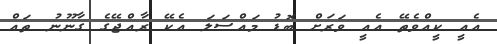
އެއީ ކީއްވެތޭ އެއީ ވަރަށް ބޮޑު މައްސަލަ އެކޭ ރާއްޖޭގެ ގާނޫނު ތައް